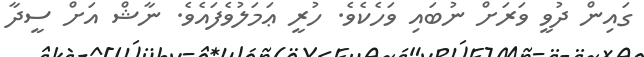
ގައިން ދުވީ ވަރަށް ނުބައި ވަހެކެވެ. ހުރީ ޢަމަލުވެފައެވެ. ނާޝް އަށް ސީދާ